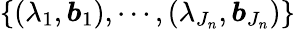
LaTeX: \{ (\lambda_{1},\boldsymbol{b}_{1}),\cdots,(\lambda_{J_{n}},\boldsymbol{b}_{J_{n}})\}